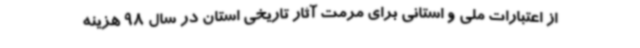
از اعتبارات ملی و استانی برای مرمت آثار تاریخی استان در سال 98 هزینه